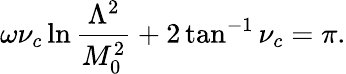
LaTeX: \omega\nu_{c}\ln\frac{\Lambda^{2}}{M_{0}^{2}}+2\tan^{-1}\nu_{c}=\pi.